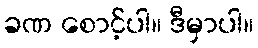
ခဏ စောင့်ပါ။ ဒီမှာပါ။